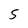
Character: 5